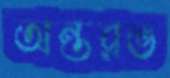
অন্তরভ